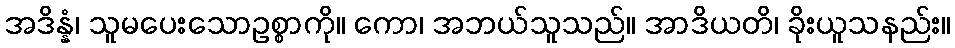
အဒိန္နံ၊ သူမပေးသောဥစ္စာကို။ ကော၊ အဘယ်သူသည်။ အာဒိယတိ၊ ခိုးယူသနည်း။